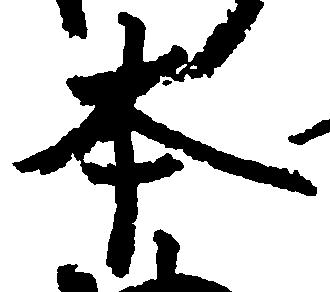
本